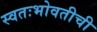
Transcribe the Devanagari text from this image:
स्वतःभोवतीची